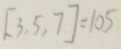
[ 3 , 5 , 7 ] = 1 0 5